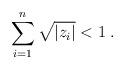
LaTeX: \begin{align*}\sum_{i = 1}^n \sqrt{|z_i|} < 1 \;.\end{align*}